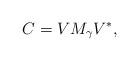
LaTeX: \begin{align*} C = V M_{\gamma} V^*,\end{align*}